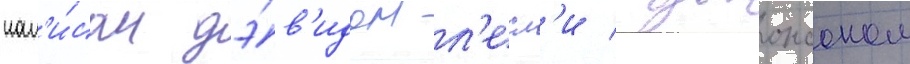
нап'и́сан дэ́в'идом л'есл'и джонсоном